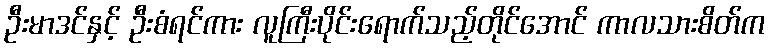
ဦးမာဒင်နှင့် ဦးစံရင်ကား လူကြီးပိုင်းရောက်သည့်တိုင်အောင် ကာလသားစိတ်က